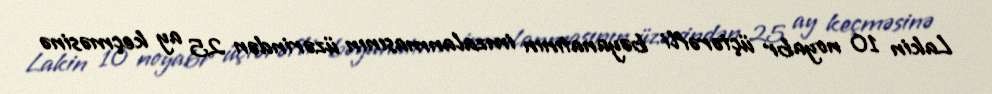
Lakin 10 noyabr üçtərəfli bəyanatının imzalanmasının üzərindən 25 ay keçməsinə